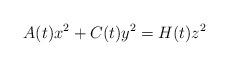
LaTeX: \begin{align*}A(t)x^2+C(t)y^2=H(t)z^2\end{align*}